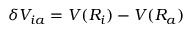
\delta V _ { i a } = V ( R _ { i } ) - V ( R _ { a } )